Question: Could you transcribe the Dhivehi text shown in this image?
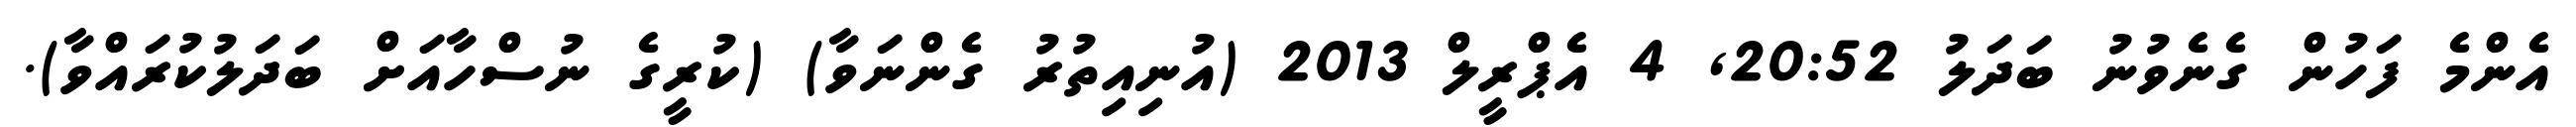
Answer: އެންމެ ފަހުން ގެނެވުނު ބަދަލު 20:52, 4 އެޕްރީލް 2013 (އުނިއިތުރު ގެންނަވާ) (ކުރީގެ ނުސްހާއަށް ބަދަލުކުރައްވާ).